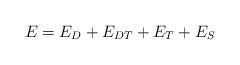
LaTeX: \begin{align*} E = E_D+E_{DT}+E_T+E_S\end{align*}